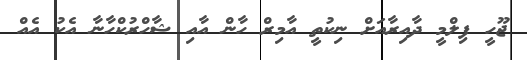
ޖޫހީ ފިލްމީ ދާއިރާއަށް ނިކުތީ އާމިރް ހާން އާއި ޝާހްރުކްހާނާ އެކު އެއް